Civil Veterinary Department Bengal reports 1933-51 - 1933-1951
Year: 1933
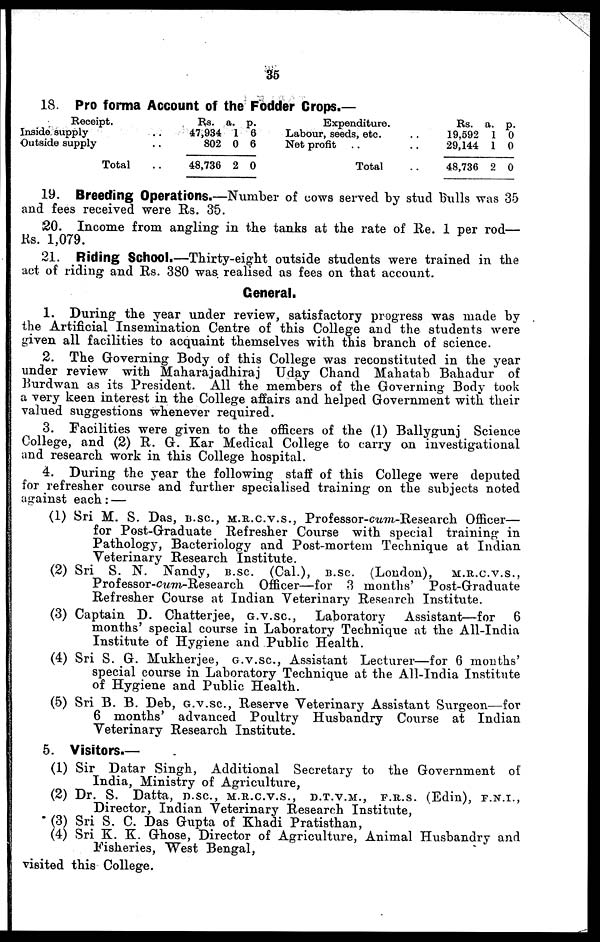
35
18. Pro forma Account of the Fodder Crops.—
Receipt.
Inside supply ..
Outside supply ..
Total ..
Rs.
47,934
802
48,736
a.
1
0
2
p.
6
6
0
Expenditure.
Labour, seeds, etc. ..
Net profit .. ..
Total ..
Rs.
19,592
29,144
48,736
a.
1
1
2
p.
0
0
0
19. Breeding Operations.—Number of cows served by stud bulls was 35
and fees received were Rs. 35.
20. Income from angling in the tanks at the rate of Re. 1 per rod—
Rs. 1,079.
21. Riding School.—Thirty-eight outside students were trained in the
act of riding and Rs. 380 was realised as fees on that account.
General.
1. During the year under review, satisfactory progress was made by
the Artificial Insemination Centre of this College and the students were
given all facilities to acquaint themselves with this branch of science.
2. The Governing Body of this College was reconstituted in the year
under review with Maharajadhiraj Uday Chand Mahatab Bahadur of
Burdwan as its President. All the members of the Governing Body took
a very keen interest in the College affairs and helped Government with their
valued suggestions whenever required.
3. Facilities were given to the officers of the (1) Ballygunj Science
College, and (2) R. G. Kar Medical College to carry on investigational
and research work in this College hospital.
4. During the year the following staff of this College were deputed
for refresher course and further specialised training on the subjects noted
against each : —
(1) Sri M. S. Das, B.SC., M.R.C.V.S., Professor-cum-Research Officer—
for Post-Graduate Refresher Course with special training in
Pathology, Bacteriology and Post-mortem Technique at Indian
Veterinary Research Institute.
(2) Sri S. N. Nandy, B.SC. (Cal.), B.SC (London),
M.R.C.V.S.,
Professor-cum-Research Officer—for 3 months' Post-Graduate
Refresher Course at Indian Veterinary Research Institute.
(3) Captain D. Chatterjee, G.V.SC., Laboratory
Assistant—for
6
months' special course in Laboratory Technique at the All-India
Institute of Hygiene and Public Health.
(4) Sri S. G. Mukherjee, G.V.SC., Assistant Lecturer—for 6 months'
special course in Laboratory Technique at the All-India Institute
of Hygiene and Public Health.
(5) Sri B. B. Deb, G.V.SC., Reserve Veterinary Assistant Surgeon—for
6 months' advanced Poultry Husbandry Course at Indian
Veterinary Research Institute.
5. Visitors.—
(1) Sir Datar Singh, Additional Secretary to the Government of
India, Ministry of Agriculture,
(2) Dr. S. Datta,
b.sc., M.R.C.V.S., D.T.V.M., F.R.S. (EDIN), F.N.I.,
Director, Indian Veterinary Research Institute,
(3) Sri S. C. Das Gupta of Khadi Pratisthan,
(4) Sri K. K. Ghose, Director of Agriculture, Animal Husbandry and
Fisheries, West Bengal,
visited this College.